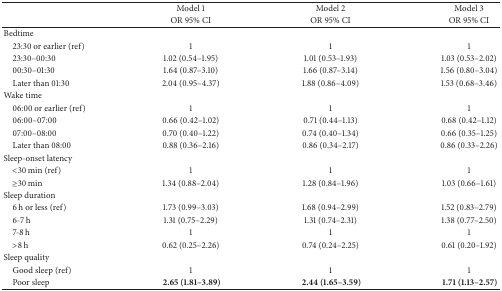
<table><thead><tr><td><b> </b></td><td><b>Model 1</b></td><td><b>Model 2</b></td><td><b>Model 3</b></td></tr><tr><td><b> </b></td><td><b>OR 95% CI</b></td><td><b>OR 95% CI</b></td><td><b>OR 95% CI</b></td></tr></thead><tbody><tr><td>Bedtime</td><td> </td><td> </td><td> </td></tr><tr><td> 23:30 or earlier (ref)</td><td>1</td><td>1</td><td>1</td></tr><tr><td> 23:30–00:30 </td><td>1.02 (0.54–1.95)</td><td>1.01 (0.53–1.93)</td><td>1.03 (0.53–2.02)</td></tr><tr><td> 00:30–01:30 </td><td> 1.64 (0.87–3.10)</td><td> 1.66 (0.87–3.14)</td><td> 1.56 (0.80–3.04)</td></tr><tr><td> Later than 01:30 </td><td>2.04 (0.95–4.37)</td><td>1.88 (0.86–4.09)</td><td>1.53 (0.68–3.46)</td></tr><tr><td>Wake time</td><td> </td><td> </td><td> </td></tr><tr><td> 06:00 or earlier (ref)</td><td>1</td><td>1</td><td>1</td></tr><tr><td> 06:00–07:00</td><td> 0.66 (0.42–1.02)</td><td>0.71 (0.44–1.13)</td><td>0.68 (0.42–1.12)</td></tr><tr><td> 07:00–08:00</td><td> 0.70 (0.40–1.22)</td><td> 0.74 (0.40–1.34)</td><td> 0.66 (0.35–1.25)</td></tr><tr><td> Later than 08:00</td><td>0.88 (0.36–2.16)</td><td> 0.86 (0.34–2.17)</td><td>0.86 (0.33–2.26)</td></tr><tr><td>Sleep-onset latency</td><td> </td><td> </td><td> </td></tr><tr><td> &lt;30 min (ref)</td><td>1</td><td>1</td><td>1</td></tr><tr><td> ≥30 min</td><td>1.34 (0.88–2.04)</td><td>1.28 (0.84–1.96)</td><td>1.03 (0.66–1.61)</td></tr><tr><td>Sleep duration</td><td> </td><td> </td><td> </td></tr><tr><td> 6 h or less (ref)</td><td>1.73 (0.99–3.03)</td><td>1.68 (0.94–2.99)</td><td>1.52 (0.83–2.79)</td></tr><tr><td> 6-7 h</td><td> 1.31 (0.75–2.29)</td><td> 1.31 (0.74–2.31)</td><td> 1.38 (0.77–2.50)</td></tr><tr><td> 7-8 h</td><td>1</td><td>1</td><td>1</td></tr><tr><td> &gt;8 h</td><td> 0.62 (0.25–2.26)</td><td> 0.74 (0.24–2.25)</td><td> 0.61 (0.20–1.92)</td></tr><tr><td>Sleep quality</td><td> </td><td> </td><td> </td></tr><tr><td> Good sleep (ref)</td><td>1</td><td>1</td><td>1</td></tr><tr><td> Poor sleep</td><td><b> 2.65 (1.81–3.89)</b></td><td><b> 2.44 (1.65–3.59)</b></td><td><b> 1.71 (1.13–2.57)</b></td></tr></tbody></table>